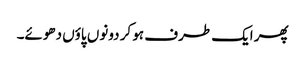
پھر ایک طرف ہو کر دونوں پاؤں دھوئے۔